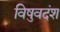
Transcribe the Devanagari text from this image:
विषुवदंश